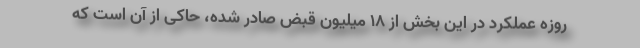
روزه عملکرد در این بخش از ۱۸ میلیون قبض صادر شده، حاکی از آن است که